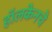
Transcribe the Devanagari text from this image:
हॉलकेनचे